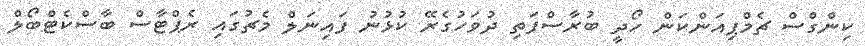
ކިންގްސް ޗެމްޕިއަންކަން ހޯދީ ބުރާސްފަތި ދުވަހުގެރޭ ކުޅުނު ފައިނަލް މެޗުގައި ރެޕްޓާސް ބާސްކެޓްބޯލް